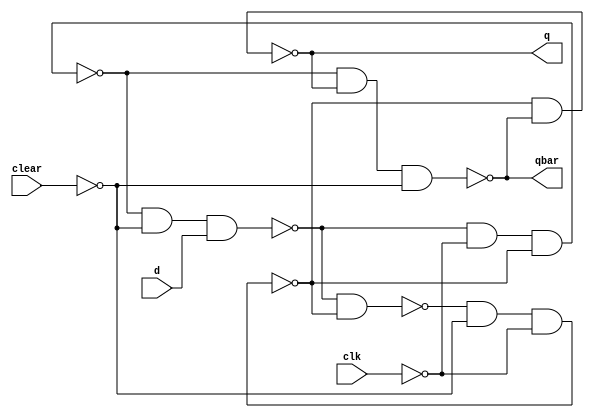
module edge_dff(q, qbar, d, clk, clear);
  
  // inputs and outputs
  output q, qbar;
  input d, clk, clear;
  // wire
  wire s, sbar, r, rbar, cbar;
  
  // dataflow statements
  // create a complement of signal clear
  assign cbar = ~clear;
  
  // Input latches; A latch is level sensitive. An edge-sensitive flip-flop is implemented by using 3 SR latches.
  assign sbar = ~(rbar & s),
  s = ~(sbar & cbar & ~clk),
  r = ~(rbar & ~clk & s),
  rbar = ~(r & cbar &d);
  
  // Output latch
  assign q = ~(s & qbar),
  qbar = ~(r & q & cbar); 
endmodule